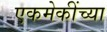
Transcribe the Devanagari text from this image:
एकमेकींच्या